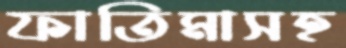
ফাতিমাসহ